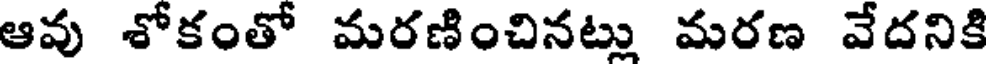
ఆవు శోకంతో మరణించినట్లు మరణ వేదనికి